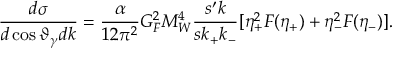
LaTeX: { \frac { d \sigma } { d \cos \vartheta _ { \gamma } d k } } = { \frac { \alpha } { 1 2 \pi ^ { 2 } } } G _ { F } ^ { 2 } M _ { W } ^ { 4 } { \frac { s ^ { \prime } k } { s k _ { + } k _ { - } } } [ \eta _ { + } ^ { 2 } F ( \eta _ { + } ) + \eta _ { - } ^ { 2 } F ( \eta _ { - } ) ] .